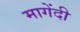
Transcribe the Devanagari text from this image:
मागेंदी